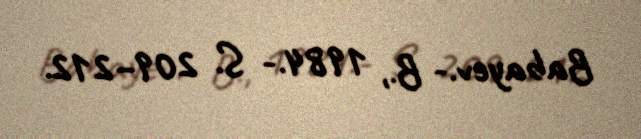
Babayev.- B., 1984.- S. 209–212.